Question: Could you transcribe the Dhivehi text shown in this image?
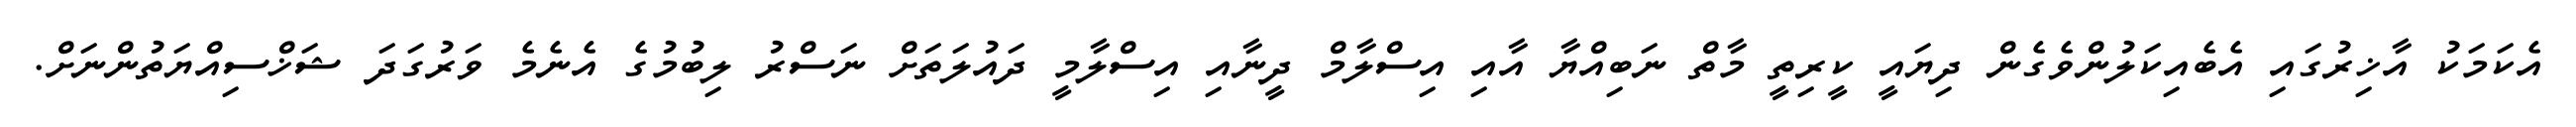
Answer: އެކަމަކު އާޚިރުގައި އެބެއިކަލުންވެގެން ދިޔައީ ކީރިތީ މާތް ނަބިއްޔާ އާއި އިސްލާމް ދީނާއި އިސްލާމީ ދައުލަތަށް ނަސްރު ލިބުމުގެ އެނެމެ ވަރުގަދަ ޝަޚްސިއްޔަތުންނަށް.